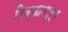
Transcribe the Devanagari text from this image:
विज्ञानपूर्व